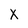
Character: x